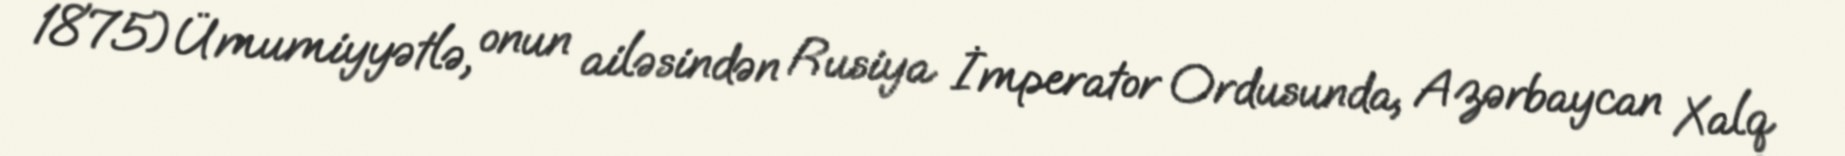
1875)Ümumiyyətlə, onun ailəsindən Rusiya İmperator Ordusunda, Azərbaycan Xalq